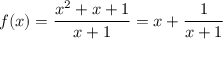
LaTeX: f ( x ) = { \frac { x ^ { 2 } + x + 1 } { x + 1 } } = x + { \frac { 1 } { x + 1 } }